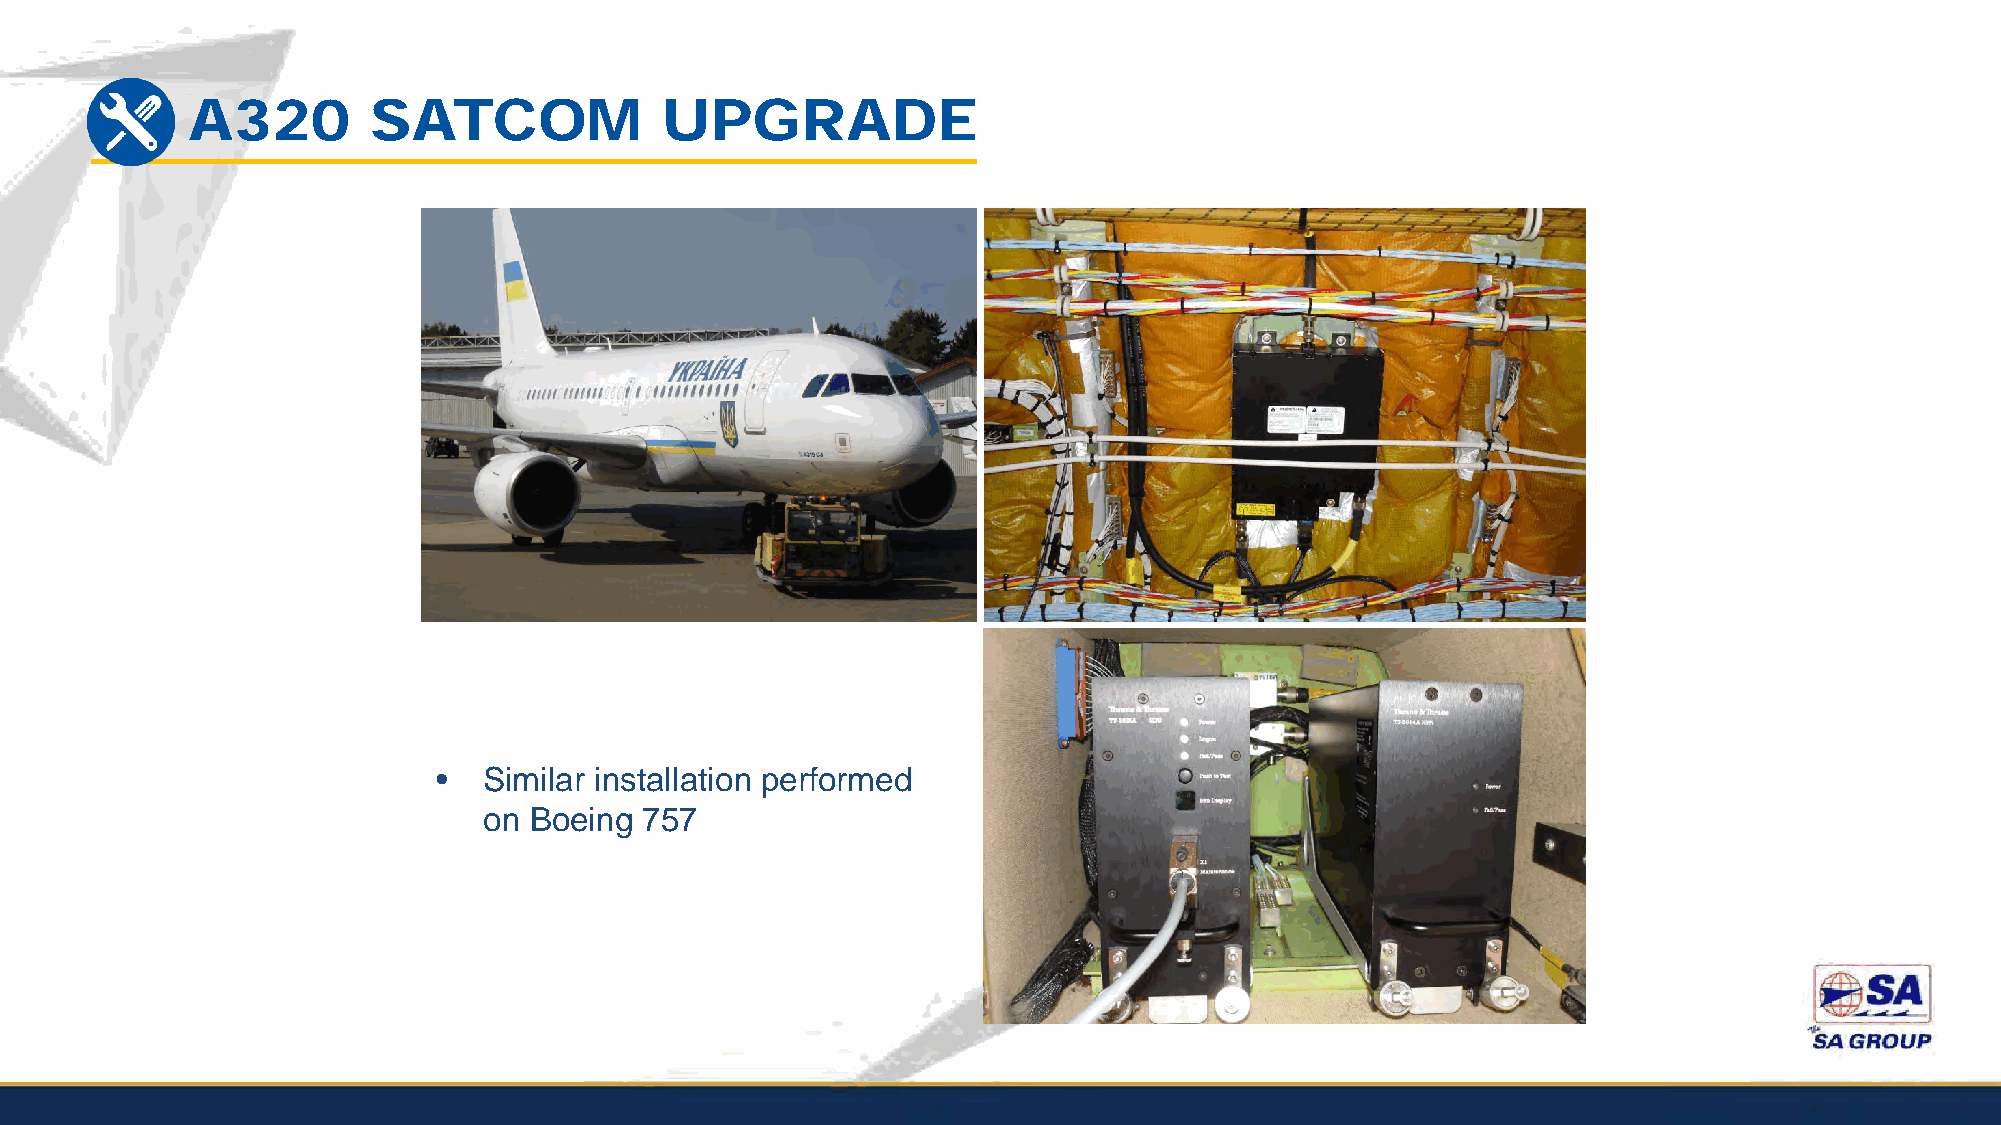
A320        SATCOM              UPGRADE
 •  Similar installation performed
 on Boeing  757